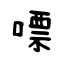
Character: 嘌